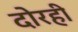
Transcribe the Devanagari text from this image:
दोरही